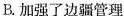
B.加强了边疆管理